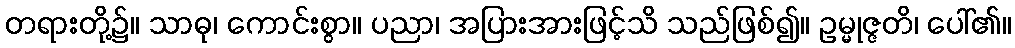
တရားတို့၌။ သာဓု၊ ကောင်းစွာ။ ပညာ၊ အပြားအားဖြင့်သိ သည်ဖြစ်၍။ ဥမ္မုဇ္ဇတိ၊ ပေါ်၏။